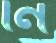
নি